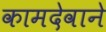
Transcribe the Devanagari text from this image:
कामदेवाने